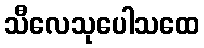
သီလေသုပေါသထေ